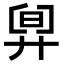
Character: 𣆼